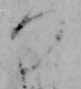
つ